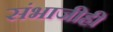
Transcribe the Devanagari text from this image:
संभाजीही